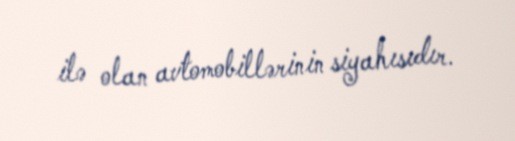
ilə olan avtomobillərinin siyahısıdır.